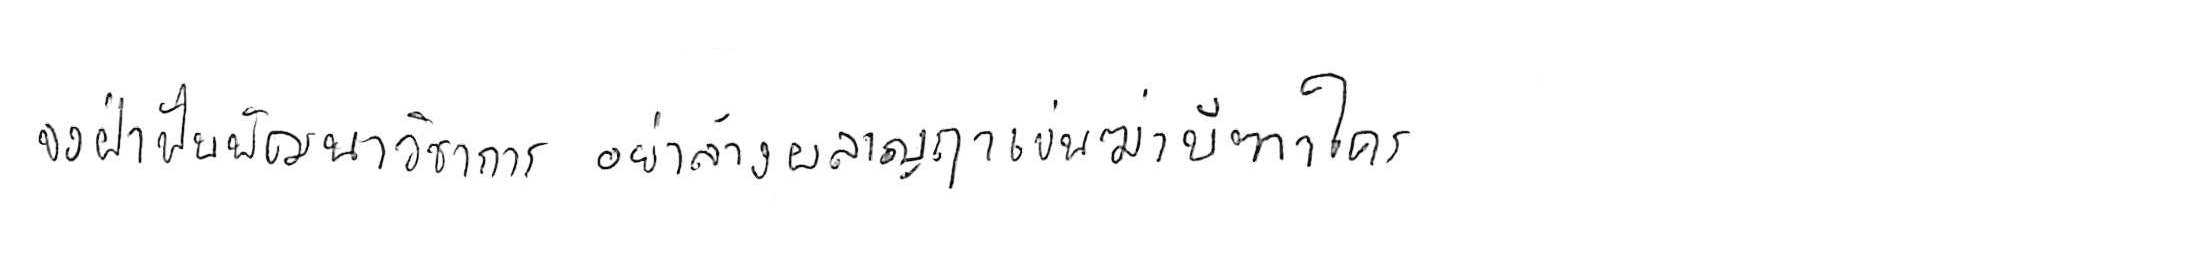
จงฝ่าฟันพัฒนาวิชาการ อย่าล้างผลาญฤๅเข่นฆ่าบีฑาใคร